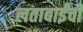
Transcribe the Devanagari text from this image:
लताबाईंची